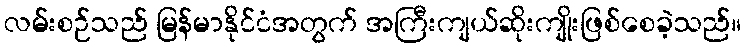
လမ်းစဉ်သည် မြန်မာနိုင်ငံအတွက် အကြီးကျယ်ဆိုးကျိုးဖြစ်စေခဲ့သည်။